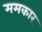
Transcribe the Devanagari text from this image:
ममकार